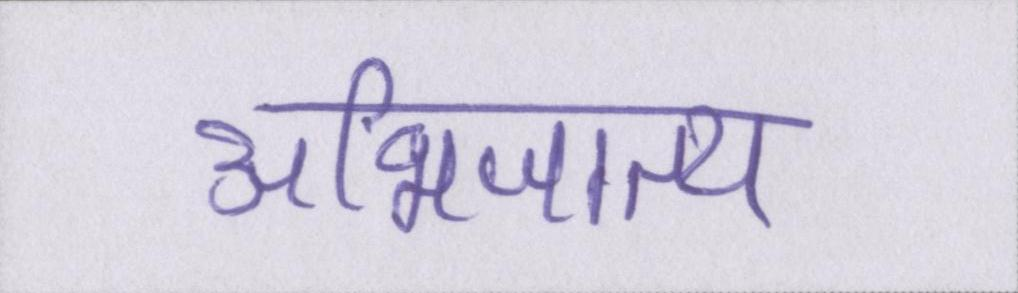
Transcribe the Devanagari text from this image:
अभिजात्य